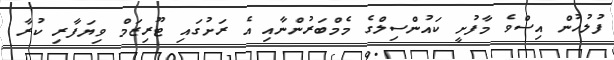
ފުލުހުން އިސްވެ މާފުށީ ކައުންސިލްގެ މެމްބަރުންނާއި އެ ރަށުގައި ޓޫރިޒަމް ވިޔަފާރި ކުރާ